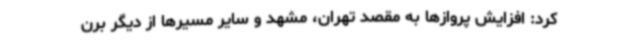
کرد: افزایش پروازها به مقصد تهران، مشهد و سایر مسیرها از دیگر برن